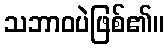
သဘာဝပဲဖြစ်၏။